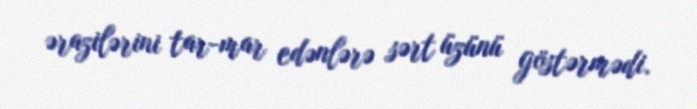
ərazilərini tar-mar edənlərə sərt üzünü göstərmədi.